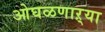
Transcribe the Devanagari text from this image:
ओघळणाऱ्या